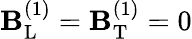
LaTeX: \mathbf{B}_{\mathrm{{L}}}^{(1)}=\mathbf{B}_{\mathrm{{T}}}^{(1)}=0